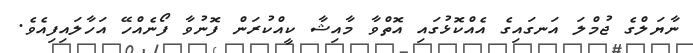
ނާޔަލްގެ ޖުމްލަ އަނގައިގެ އެއްކޮޅުގައި އޮތްވާ މާއިޝާ ކީއްކުރަން ފޮނުވާ ފޯނެއްހޭ އަހާލައިފިއެވެ.